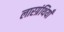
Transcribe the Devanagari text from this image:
लारग्रंथियाँ